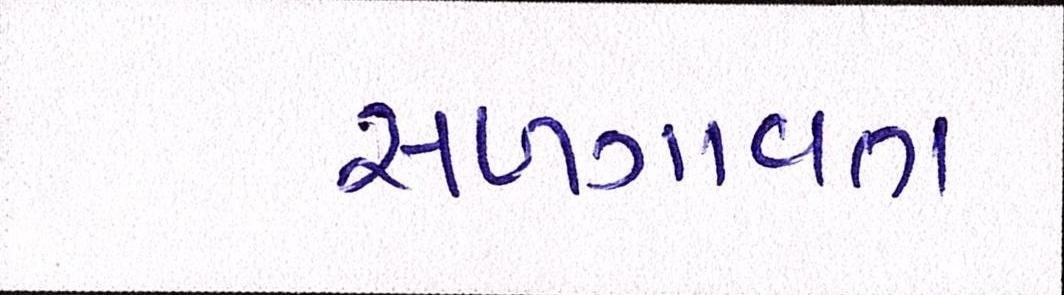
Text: સળગાવતા